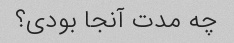
چه مدت آنجا بودی؟